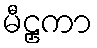
မီဠှကာ